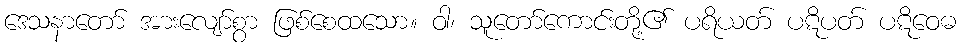
ဒေသနာတော် အားလျော်စွာ ဖြစ်စေထသော။ ဝါ၊ သူတော်ကောင်းတို့၏ ပရိယတ် ပဋိပတ် ပဋိဝေဓ